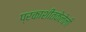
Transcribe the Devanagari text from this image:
प्रकाशीतकेलेली